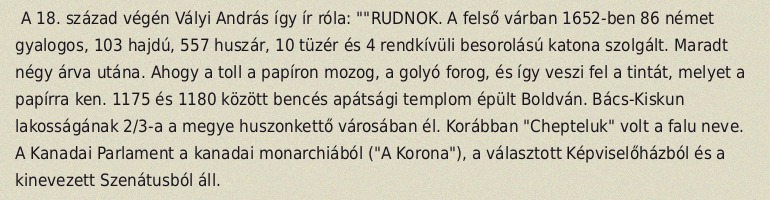
A 18. század végén Vályi András így ír róla: ""RUDNOK. A felső várban 1652-ben 86 német gyalogos, 103 hajdú, 557 huszár, 10 tüzér és 4 rendkívüli besorolású katona szolgált. Maradt négy árva utána. Ahogy a toll a papíron mozog, a golyó forog, és így veszi fel a tintát, melyet a papírra ken. 1175 és 1180 között bencés apátsági templom épült Boldván. Bács-Kiskun lakosságának 2/3-a a megye huszonkettő városában él. Korábban "Chepteluk" volt a falu neve. A Kanadai Parlament a kanadai monarchiából ("A Korona"), a választott Képviselőházból és a kinevezett Szenátusból áll.